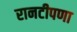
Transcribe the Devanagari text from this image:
रानटीपणा